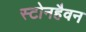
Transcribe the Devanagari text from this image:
स्टोनहैवन